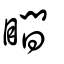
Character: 瞷